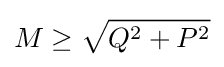
M\geq {\sqrt {Q^{2}+P^{2}}}